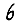
Digit: 6